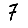
Digit: 7